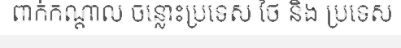
ពាក់កណ្តាល ចន្លោះប្រទេស ថៃ និង ប្រទេស